Lunatic asylums United Provinces 1899-1908 - 1899-1908
Year: 1899
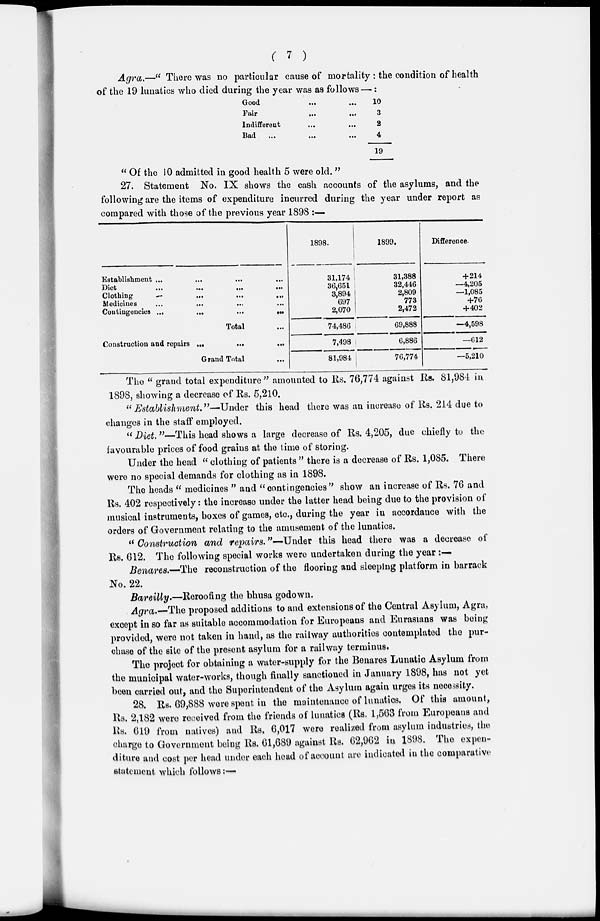
( 7 )
Agra.—"There
was no particular cause of mortality : the condition of health
of the 19 lunatics who died during the year was as follows—:
Good ... ..
Fair ... ...
Indiffereut ... ...
Bad ... ... ...
10
3
2
4
19
"Of the 10 admitted in good health 5 were old."
27. Statement No. IX shows the cash accounts of the asylums, and the
following are the items of expenditure incurred during the year under report as
compared with those of the previous year 1898 :—
Establishment
…
…
…
...
Diet … … … …
Clothing … … … …
Medicines … … … …
Contingencies
…
…
…
…
Total ...
Construction and repairs … … … …
Grand Total …
1898.
31,174
36,651
3,894
697
2,070
74,486
7,498
81,984
1899.
31,388
32,446
2,809
773
2,472
69,888
6,886
76,774
Difference.
+214
—4,205
—1,085
+76
+402
—4,598
—612
—5,210
The "grand total expenditure" amounted to Rs. 76,774 against Rs. 81,984 in
1898, showing a decrease of Rs. 5,210.
"Establishment."—Under
this head there was an increase of Rs. 214 due to
changes in the staff employed.
"Diet."—This head shows a large decrease of Rs. 4,205, due chiefly to the
favourable prices of food grains at the time of storing.
Under the head "clothing of patients" there is a decrease of Rs. 1,085. There
were no special demands for clothing as in 1898.
The heads "medicines" and "contingencies" show an increase of Rs. 76 and
Rs. 402 respectively: the increase under the latter head being due to the provision of
musical instruments, boxes of games, etc., during the year in accordance with the
orders of Government relating to the amusement of the lunatics.
"Construction and repairs. "—Under this head there was a decrease of
Rs. 612. The following special works were undertaken during the year :—
Benares.—The reconstruction of the flooring and sleeping platform in barrack
No. 22.
Bareilly.—Reroofing the bhusa godown.
Agra.—The proposed additions to and extensions of the Central Asylum, Agra,
except in so far as suitable accommodation for Europeans and Eurasians was being
provided, were not taken in hand, as the railway authorities contemplated the pur-
chase of the site of the present asylum for a railway terminus.
The project for obtaining a water-supply for the Benares Lunatic Asylum from
the municipal water-works, though finally sanctioned in January 1898, has not yet
been carried out, and the Superintendent of the Asylum again urges its necessity.
28. Rs. 69,888 were spent in the maintenance of lunatics. Of this amount,
Rs. 2,182 were received from the friends of lunatics (Rs. 1,563 from Europeans and
Rs. 619 from natives) and Rs. 6,017 were realized from asylum industries, the
charge to Government being Rs. 61,689 against Rs. 62,962 in 1898. The expen-
diture and cost per head under each head of account are indicated in the comparative
statement which follows:—